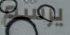
يرسم